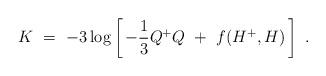
LaTeX: \begin{align*}K\ =\ -3\log \left[\, -\frac{1}{3} Q^+ Q \ +\ f(H^+, H)\,\right]\ .\end{align*}